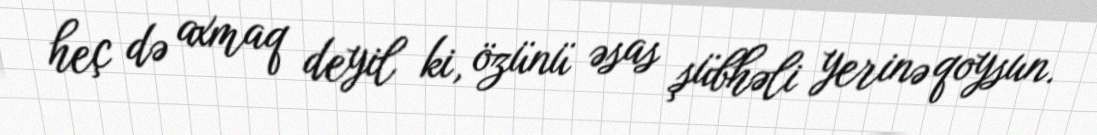
heç də axmaq deyil ki, özünü əsas şübhəli yerinə qoysun.